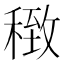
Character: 𥠽